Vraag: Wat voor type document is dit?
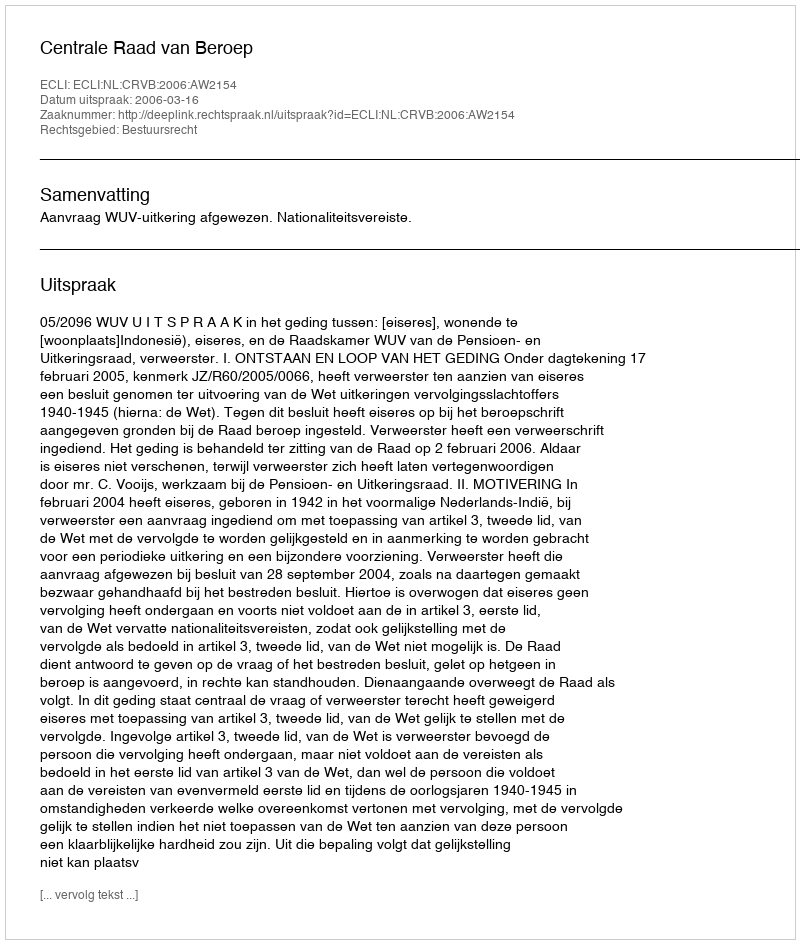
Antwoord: Uitspraak